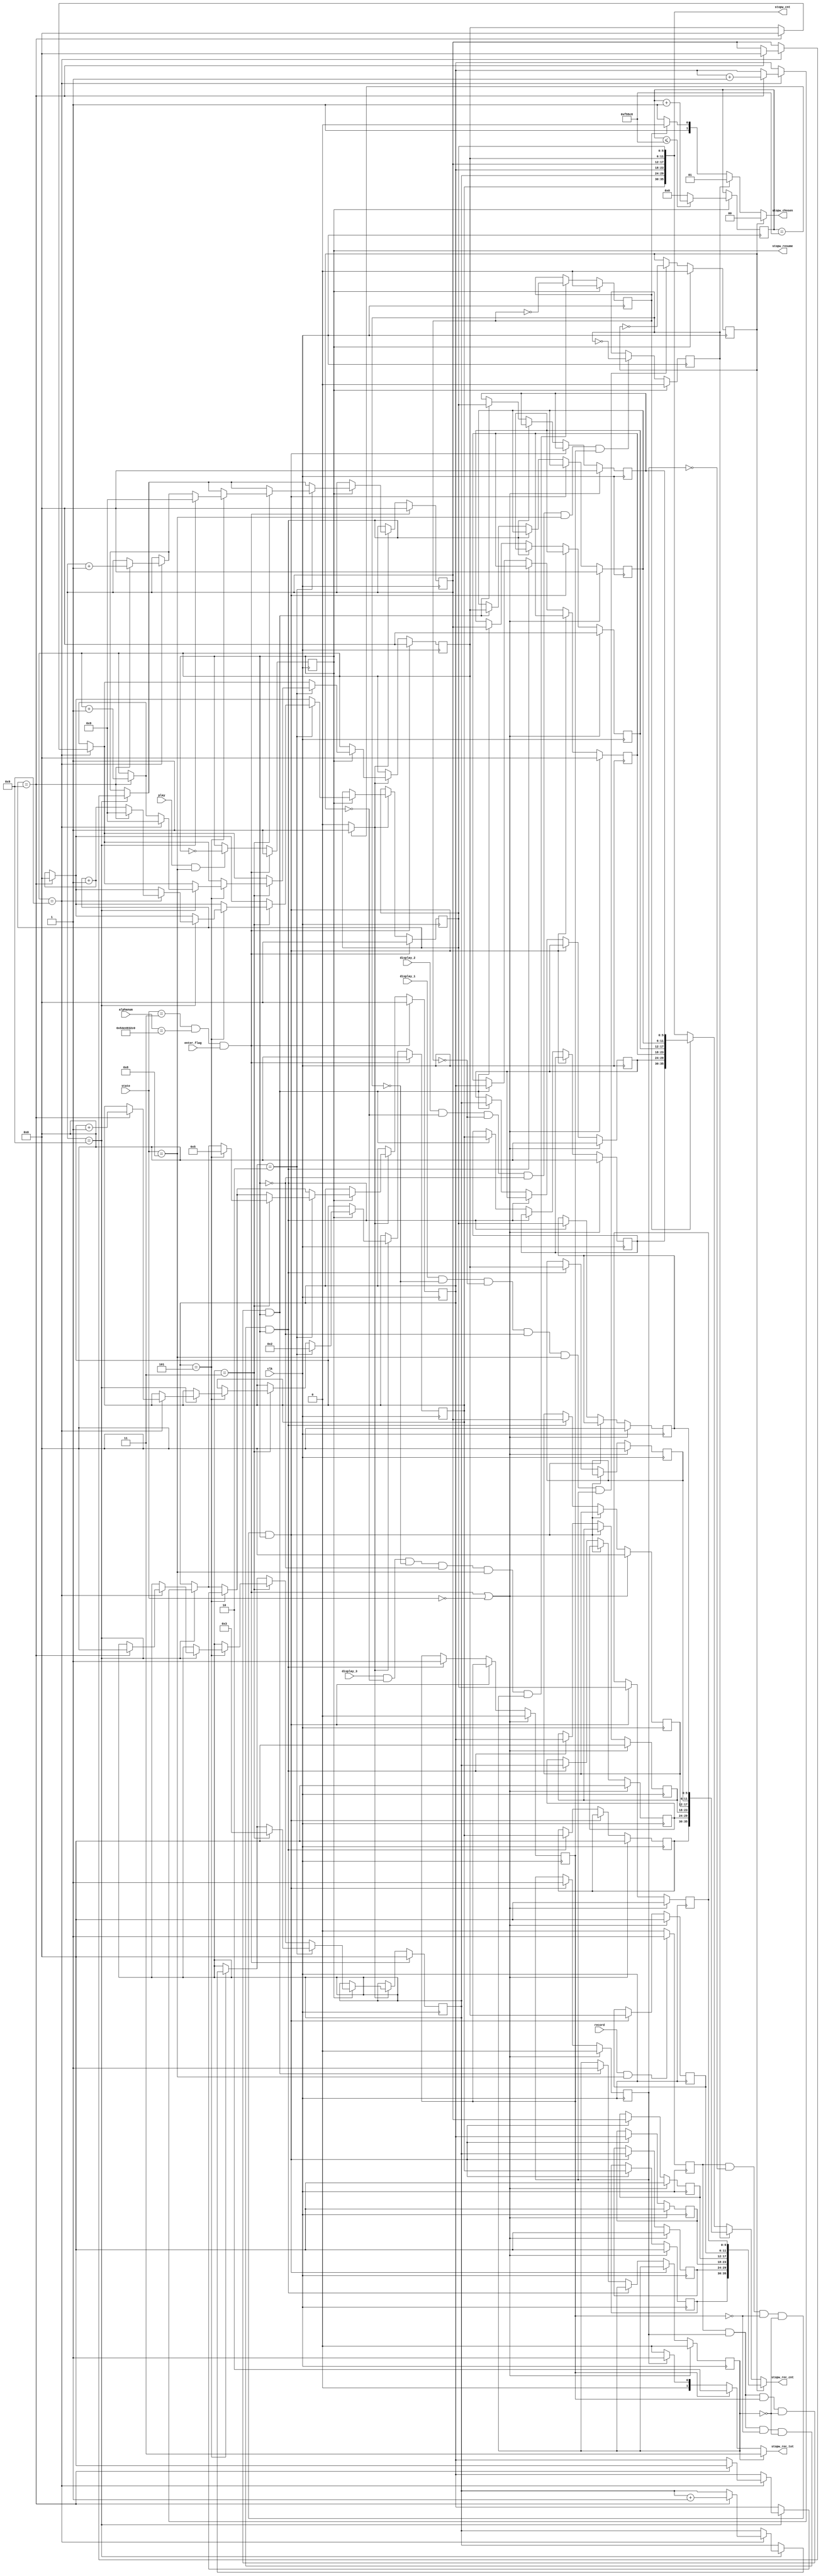
`define INITIAL 4'd0
`define CLOCK 4'd1
`define SHOW_CLOCK 4'd2
`define CHANGE_MODE 4'd3
`define TIMER 4'd4
`define SHOW_TIMER 4'd5
`define ALARM 4'd6
`define SHOW_ALARM 4'd7
`define SHOW_STOPWATCH 4'd8

module stopwatch(
    input clk,
    input play,    
    input enter_flag,
    input record,
    input display_1,
    input display_2,
    input display_3,
    input [3:0] state,
    input [35:0] alphanum,
    output reg stopw_resume,        
    output wire [1:0] stopw_rec_tot, 
    output wire [1:0] stopw_chosen,   
    output wire [35:0] stopw_cnt,
    output wire [35:0] stopw_rec_cnt
    );
    
    reg [5:0] digit1, digit2, digit3, digit4, digit5, digit6;
    reg [5:0] next_digit1, next_digit2, next_digit3, next_digit4, next_digit5, next_digit6;
    
    reg [5:0] record1_digit1, record1_digit2, record1_digit3, record1_digit4, record1_digit5, record1_digit6;
    reg [5:0] next_record1_digit1, next_record1_digit2, next_record1_digit3, next_record1_digit4, next_record1_digit5, next_record1_digit6;
    
    reg [5:0] record2_digit1, record2_digit2, record2_digit3, record2_digit4, record2_digit5, record2_digit6;
    reg [5:0] next_record2_digit1, next_record2_digit2, next_record2_digit3, next_record2_digit4, next_record2_digit5, next_record2_digit6;
    
    reg [5:0] record3_digit1, record3_digit2, record3_digit3, record3_digit4, record3_digit5, record3_digit6;
    reg [5:0] next_record3_digit1, next_record3_digit2, next_record3_digit3, next_record3_digit4, next_record3_digit5, next_record3_digit6;

    reg r;
    reg one = 0;
    reg two = 0;
    reg three = 0;        
    reg recorded1 = 1'b0;
    reg recorded2 = 1'b0;
    reg recorded3 = 1'b0;
    
    wire clkDiv25;
    
    reg [24:0] num;   
            
    always@(posedge clk) begin
        if(stopw_resume) begin
            if(num <= 1005000)
                num <= num + 1;
            else
                num <= 0;
        end           
        else
            num <= num;          
    end    
    assign clkDiv25 = (num == 1005000) ? 1'b1 : 1'b0; 
    
    always@(posedge clk) begin
        if(state == `CHANGE_MODE && alphanum == {6'd21, 6'd14, 6'd18, 6'd19, 6'd11, 6'd0} && enter_flag) begin
            {digit1, digit2, digit3, digit4, digit5, digit6} <= 0;
        end
        else if(clkDiv25) begin    
            digit1 <= next_digit1;
            digit2 <= next_digit2;
            digit3 <= next_digit3;
            digit4 <= next_digit4;
            digit5 <= next_digit5;
            digit6 <= next_digit6;
        end
        else begin
            digit1 <= digit1;
            digit2 <= digit2;
            digit3 <= digit3;
            digit4 <= digit4;
            digit5 <= digit5;
            digit6 <= digit6;      
        end
    end
    
    always @(posedge clk) begin
        if((state == `CHANGE_MODE && alphanum == {6'd21, 6'd14, 6'd18, 6'd19, 6'd11, 6'd0} && enter_flag) || state == `INITIAL) begin
            recorded1 <= 1'b0;
            recorded2 <= 1'b0;
            recorded3 <= 1'b0;        
            
            record1_digit1 <= 0;
            record1_digit2 <= 0;
            record1_digit3 <= 0;
            record1_digit4 <= 0;
            record1_digit5 <= 0;
            record1_digit6 <= 0;       
            
            record2_digit1 <= 0;
            record2_digit2 <= 0;
            record2_digit3 <= 0;
            record2_digit4 <= 0;
            record2_digit5 <= 0;
            record2_digit6 <= 0;  
            
            record3_digit1 <= 0;
            record3_digit2 <= 0;
            record3_digit3 <= 0;
            record3_digit4 <= 0;
            record3_digit5 <= 0;
            record3_digit6 <= 0;                                
        end
        else if(r && !recorded1 && !recorded2 && !recorded3 && stopw_resume) begin
            recorded1 <= 1'b1;
            record1_digit1 <= digit1;
            record1_digit2 <= digit2;
            record1_digit3 <= digit3;
            record1_digit4 <= digit4;
            record1_digit5 <= digit5;
            record1_digit6 <= digit6;            
        end            
        else if(r && recorded1 && !recorded2 && !recorded3 && stopw_resume) begin
            recorded2 <= 1'b1;
            record2_digit1 <= digit1;
            record2_digit2 <= digit2;
            record2_digit3 <= digit3;
            record2_digit4 <= digit4;
            record2_digit5 <= digit5;
            record2_digit6 <= digit6;            
        end            
        else if(r && recorded1 && recorded2 && !recorded3 && stopw_resume) begin
            recorded3 <= 1'b1;           
            record3_digit1 <= digit1;
            record3_digit2 <= digit2;
            record3_digit3 <= digit3;
            record3_digit4 <= digit4;
            record3_digit5 <= digit5;
            record3_digit6 <= digit6;                 
        end
        else begin
            record1_digit1 <= record1_digit1;
            record1_digit2 <= record1_digit2;
            record1_digit3 <= record1_digit3;
            record1_digit4 <= record1_digit4;
            record1_digit5 <= record1_digit5;
            record1_digit6 <= record1_digit6;
            
            record2_digit1 <= record2_digit1;
            record2_digit2 <= record2_digit2;
            record2_digit3 <= record2_digit3;
            record2_digit4 <= record2_digit4;
            record2_digit5 <= record2_digit5;
            record2_digit6 <= record2_digit6;
            
            record3_digit1 <= record3_digit1;
            record3_digit2 <= record3_digit2;
            record3_digit3 <= record3_digit3;
            record3_digit4 <= record3_digit4;
            record3_digit5 <= record3_digit5;
            record3_digit6 <= record3_digit6;          
        end    
    end
    
    always @(posedge clk) begin
        if(record && state == `SHOW_STOPWATCH)
            r <= 1;
        else
            r <= 0;           
    end
    
    always @(posedge clk) begin
        if(stopw_resume)
            one <= 0;
        else if(display_1 && !two && !three && !stopw_resume && state == `SHOW_STOPWATCH && recorded1)
            one <= ~one;
        else
            one <= one;           
    end
    
    always @(posedge clk) begin
        if(stopw_resume)
            two <= 0;
        else if(display_2 && !one && !three && !stopw_resume && state == `SHOW_STOPWATCH && recorded2)
            two <= ~two;
        else
            two <= two;           
    end

    always @(posedge clk) begin
        if(stopw_resume)
            three <= 0;
        else if(display_3 && !one && !two && !stopw_resume && state == `SHOW_STOPWATCH && recorded3)
            three <= ~three;
        else
            three <= three;           
    end            
    
    always @(posedge clk) begin
        if(state == `CHANGE_MODE && alphanum == {6'd21, 6'd14, 6'd18, 6'd19, 6'd11, 6'd0} && enter_flag)
            stopw_resume <= 1;
        else if(play && state == `SHOW_STOPWATCH)
            stopw_resume <= ~stopw_resume;
        else
            stopw_resume <= stopw_resume;           
    end        
    
    always @(*) begin
        if(!stopw_resume) begin
            next_digit1 = digit1;
            next_digit2 = digit2;
            next_digit3 = digit3;
            next_digit4 = digit4;
            next_digit5 = digit5;
            next_digit6 = digit6;
        end    
        else begin
            if(digit1 == 6'd2) begin
                if(digit2 == 6'd3) begin
                    if(digit3 == 6'd5) begin
                        if(digit4 == 6'd9) begin
                            if(digit5 == 6'd9) begin
                                if(digit6 == 6'd9) begin
                                    next_digit1 = 6'd2;
                                    next_digit2 = 6'd3;
                                    next_digit3 = 6'd5;
                                    next_digit4 = 6'd9;
                                    next_digit5 = 6'd9;
                                    next_digit6 = 6'd9;
                                end
                                
                                else begin
                                    next_digit1 = 6'd2;
                                    next_digit2 = 6'd3;
                                    next_digit3 = 6'd5;
                                    next_digit4 = 6'd9;
                                    next_digit5 = 6'd9;
                                    next_digit6 = digit6 + 6'd1;
                                end
                            end
                            
                            else begin
                                if(digit6 == 6'd9) begin
                                    next_digit1 = 6'd2;
                                    next_digit2 = 6'd3;
                                    next_digit3 = 6'd5;
                                    next_digit4 = 6'd9;
                                    next_digit5 = digit5 + 6'd1;
                                    next_digit6 = 6'd0;
                                end
                                
                                else begin
                                    next_digit1 = 6'd2;
                                    next_digit2 = 6'd3;
                                    next_digit3 = 6'd5;
                                    next_digit4 = 6'd9;
                                    next_digit5 = digit5;
                                    next_digit6 = digit6 + 6'd1;
                                end
                            end
                        end
                        
                        else begin
                            if(digit5 == 6'd9) begin
                                if(digit6 == 6'd9) begin
                                    next_digit1 = 6'd2;
                                    next_digit2 = 6'd3;
                                    next_digit3 = 6'd5;
                                    next_digit4 = digit4 + 6'd1;
                                    next_digit5 = 6'd0;
                                    next_digit6 = 6'd0;
                                end
                                
                                else begin
                                    next_digit1 = 6'd2;
                                    next_digit2 = 6'd3;
                                    next_digit3 = 6'd5;
                                    next_digit4 = digit4;
                                    next_digit5 = digit5;
                                    next_digit6 = digit6 + 6'd1;
                                end
                            end
                            
                            else begin
                                if(digit6 == 6'd9) begin
                                    next_digit1 = 6'd2;
                                    next_digit2 = 6'd3;
                                    next_digit3 = 6'd5;
                                    next_digit4 = digit4;
                                    next_digit5 = digit5 + 6'd1;
                                    next_digit6 = 6'd0;
                                end
                                
                                else begin
                                    next_digit1 = 6'd2;
                                    next_digit2 = 6'd3;
                                    next_digit3 = 6'd5;
                                    next_digit4 = digit4;
                                    next_digit5 = digit5;
                                    next_digit6 = digit6 + 6'd1;
                                end
                            end
                        end
                    end
                    
                    else begin
                        if(digit4 == 6'd9) begin
                            if(digit5 == 6'd9) begin
                                if(digit6 == 6'd9) begin
                                    next_digit1 = 6'd2;
                                    next_digit2 = 6'd3;
                                    next_digit3 = digit3 + 6'd1;
                                    next_digit4 = 6'd0;
                                    next_digit5 = 6'd0;
                                    next_digit6 = 6'd0;
                                end
                                
                                else begin
                                    next_digit1 = 6'd2;
                                    next_digit2 = 6'd3;
                                    next_digit3 = digit3;
                                    next_digit4 = digit4;
                                    next_digit5 = digit5;
                                    next_digit6 = digit6 + 6'd1;
                                end
                            end
                            
                            else begin
                                if(digit6 == 6'd9) begin
                                    next_digit1 = 6'd2;
                                    next_digit2 = 6'd3;
                                    next_digit3 = digit3;
                                    next_digit4 = digit4;
                                    next_digit5 = digit5 + 6'd1;
                                    next_digit6 = 6'd0;
                                end
                                
                                else begin
                                    next_digit1 = 6'd2;
                                    next_digit2 = 6'd3;
                                    next_digit3 = digit3;
                                    next_digit4 = digit4;
                                    next_digit5 = digit5;
                                    next_digit6 = digit6 + 6'd1;
                                end
                            end
                        end
                        
                        else begin
                            if(digit5 == 6'd9) begin
                                if(digit6 == 6'd9) begin
                                    next_digit1 = 6'd2;
                                    next_digit2 = 6'd3;
                                    next_digit3 = digit3;
                                    next_digit4 = digit4 + 6'd1;
                                    next_digit5 = 6'd0;
                                    next_digit6 = 6'd0;
                                end
                                
                                else begin
                                    next_digit1 = 6'd2;
                                    next_digit2 = 6'd3;
                                    next_digit3 = digit3;
                                    next_digit4 = digit4;
                                    next_digit5 = digit5;
                                    next_digit6 = digit6 + 6'd1;
                                end
                            end
                            
                            else begin
                                if(digit6 == 6'd9) begin
                                    next_digit1 = 6'd2;
                                    next_digit2 = 6'd3;
                                    next_digit3 = digit3;
                                    next_digit4 = digit4;
                                    next_digit5 = digit5 + 6'd1;
                                    next_digit6 = 6'd0;
                                end
                                
                                else begin
                                    next_digit1 = 6'd2;
                                    next_digit2 = 6'd3;
                                    next_digit3 = digit3;
                                    next_digit4 = digit4;
                                    next_digit5 = digit5;
                                    next_digit6 = digit6 + 6'd1;
                                end
                            end
                        end
                    end
                end
                
                else begin
                    if(digit3 == 6'd5) begin
                        if(digit4 == 6'd9) begin
                            if(digit5 == 6'd9) begin
                                if(digit6 == 6'd9) begin
                                    next_digit1 = 6'd2;
                                    next_digit2 = digit2 + 6'd1;
                                    next_digit3 = 6'd0;
                                    next_digit4 = 6'd0;
                                    next_digit5 = 6'd0;
                                    next_digit6 = 6'd0;
                                end
                                
                                else begin
                                    next_digit1 = 6'd2;
                                    next_digit2 = digit2;
                                    next_digit3 = digit3;
                                    next_digit4 = digit4;
                                    next_digit5 = digit5;
                                    next_digit6 = digit6 + 6'd1;
                                end
                            end
                            
                            else begin
                                if(digit6 == 6'd9) begin
                                    next_digit1 = 6'd2;
                                    next_digit2 = digit2;
                                    next_digit3 = digit3;
                                    next_digit4 = digit4;
                                    next_digit5 = digit5 + 6'd1;
                                    next_digit6 = 6'd0;
                                end
                                
                                else begin
                                    next_digit1 = 6'd2;
                                    next_digit2 = digit2;
                                    next_digit3 = digit3;
                                    next_digit4 = digit4;
                                    next_digit5 = digit5;
                                    next_digit6 = digit6 + 6'd1;
                                end
                            end
                        end
                        
                        else begin
                            if(digit5 == 6'd9) begin
                                if(digit6 == 6'd9) begin
                                    next_digit1 = 6'd2;
                                    next_digit2 = digit2;
                                    next_digit3 = digit3;
                                    next_digit4 = digit4 + 6'd1;
                                    next_digit5 = 6'd0;
                                    next_digit6 = 6'd0;
                                end
                                
                                else begin
                                    next_digit1 = 6'd2;
                                    next_digit2 = digit2;
                                    next_digit3 = digit3;
                                    next_digit4 = digit4;
                                    next_digit5 = digit5;
                                    next_digit6 = digit6 + 6'd1;
                                end
                            end
                            
                            else begin
                                if(digit6 == 6'd9) begin
                                    next_digit1 = 6'd2;
                                    next_digit2 = digit2;
                                    next_digit3 = digit3;
                                    next_digit4 = digit4;
                                    next_digit5 = digit5 + 6'd1;
                                    next_digit6 = 6'd0;
                                end
                                
                                else begin
                                    next_digit1 = 6'd2;
                                    next_digit2 = digit2;
                                    next_digit3 = digit3;
                                    next_digit4 = digit4;
                                    next_digit5 = digit5;
                                    next_digit6 = digit6 + 6'd1;
                                end
                            end
                        end
                    end
                    
                    else begin
                        if(digit4 == 6'd9) begin
                            if(digit5 == 6'd9) begin
                                if(digit6 == 6'd9) begin
                                    next_digit1 = 6'd2;
                                    next_digit2 = digit2;
                                    next_digit3 = digit3 + 6'd1;
                                    next_digit4 = 6'd0;
                                    next_digit5 = 6'd0;
                                    next_digit6 = 6'd0;
                                end
                                
                                else begin
                                    next_digit1 = 6'd2;
                                    next_digit2 = digit2;
                                    next_digit3 = digit3;
                                    next_digit4 = digit4;
                                    next_digit5 = digit5;
                                    next_digit6 = digit6 + 6'd1;
                                end
                            end
                            
                            else begin
                                if(digit6 == 6'd9) begin
                                    next_digit1 = 6'd2;
                                    next_digit2 = digit2;
                                    next_digit3 = digit3;
                                    next_digit4 = digit4;
                                    next_digit5 = digit5 + 6'd1;
                                    next_digit6 = 6'd0;
                                end
                                
                                else begin
                                    next_digit1 = 6'd2;
                                    next_digit2 = digit2;
                                    next_digit3 = digit3;
                                    next_digit4 = digit4;
                                    next_digit5 = digit5;
                                    next_digit6 = digit6 + 6'd1;
                                end
                            end
                        end
                        
                        else begin
                            if(digit5 == 6'd9) begin
                                if(digit6 == 6'd9) begin
                                    next_digit1 = 6'd2;
                                    next_digit2 = digit2;
                                    next_digit3 = digit3;
                                    next_digit4 = digit4 + 6'd1;
                                    next_digit5 = 6'd0;
                                    next_digit6 = 6'd0;
                                end
                                
                                else begin
                                    next_digit1 = 6'd2;
                                    next_digit2 = digit2;
                                    next_digit3 = digit3;
                                    next_digit4 = digit4;
                                    next_digit5 = digit5;
                                    next_digit6 = digit6 + 6'd1;
                                end
                            end
                            
                            else begin
                                if(digit6 == 6'd9) begin
                                    next_digit1 = 6'd2;
                                    next_digit2 = digit2;
                                    next_digit3 = digit3;
                                    next_digit4 = digit4;
                                    next_digit5 = digit5 + 6'd1;
                                    next_digit6 = 6'd0;
                                end
                                
                                else begin
                                    next_digit1 = 6'd2;
                                    next_digit2 = digit2;
                                    next_digit3 = digit3;
                                    next_digit4 = digit4;
                                    next_digit5 = digit5;
                                    next_digit6 = digit6 + 6'd1;
                                end
                            end
                        end
                    end
                end
            end //digit1 == 6'd2;
            
            else begin
                if(digit2 == 6'd3) begin
                    if(digit3 == 6'd5) begin
                        if(digit4 == 6'd9) begin
                            if(digit5 == 6'd9) begin
                                if(digit6 == 6'd9) begin
                                    next_digit1 = digit1 + 6'd1;
                                    next_digit2 = 6'd0;
                                    next_digit3 = 6'd0;
                                    next_digit4 = 6'd0;
                                    next_digit5 = 6'd0;
                                    next_digit6 = 6'd0;
                                end
                                
                                else begin
                                    next_digit1 = digit1;
                                    next_digit2 = digit2;
                                    next_digit3 = digit3;
                                    next_digit4 = digit4;
                                    next_digit5 = digit5;
                                    next_digit6 = digit6 + 6'd1;
                                end
                            end
                            
                            else begin
                                if(digit6 == 6'd9) begin
                                    next_digit1 = digit1;
                                    next_digit2 = digit2;
                                    next_digit3 = digit3;
                                    next_digit4 = digit4;
                                    next_digit5 = digit5 + 6'd1;
                                    next_digit6 = 6'd0;
                                end
                                
                                else begin
                                    next_digit1 = digit1;
                                    next_digit2 = digit2;
                                    next_digit3 = digit3;
                                    next_digit4 = digit4;
                                    next_digit5 = digit5;
                                    next_digit6 = digit6 + 6'd1;
                                end
                            end
                        end
                        
                        else begin
                            if(digit5 == 6'd9) begin
                                if(digit6 == 6'd9) begin
                                    next_digit1 = digit1;
                                    next_digit2 = digit2;
                                    next_digit3 = digit3;
                                    next_digit4 = digit4 + 6'd1;
                                    next_digit5 = 6'd0;
                                    next_digit6 = 6'd0;
                                end
                                
                                else begin
                                    next_digit1 = digit1;
                                    next_digit2 = digit2;
                                    next_digit3 = digit3;
                                    next_digit4 = digit4;
                                    next_digit5 = digit5;
                                    next_digit6 = digit6 + 6'd1;
                                end
                            end
                            
                            else begin
                                if(digit6 == 6'd9) begin
                                    next_digit1 = digit1;
                                    next_digit2 = digit2;
                                    next_digit3 = digit3;
                                    next_digit4 = digit4;
                                    next_digit5 = digit5 + 6'd1;
                                    next_digit6 = 6'd0;
                                end
                                
                                else begin
                                    next_digit1 = digit1;
                                    next_digit2 = digit2;
                                    next_digit3 = digit3;
                                    next_digit4 = digit4;
                                    next_digit5 = digit5;
                                    next_digit6 = digit6 + 6'd1;
                                end
                            end
                        end
                    end
                    
                    else begin
                        if(digit4 == 6'd9) begin
                            if(digit5 == 6'd9) begin
                                if(digit6 == 6'd9) begin
                                    next_digit1 = digit1;
                                    next_digit2 = digit2;
                                    next_digit3 = digit3 + 6'd1;
                                    next_digit4 = 6'd0;
                                    next_digit5 = 6'd0;
                                    next_digit6 = 6'd0;
                                end
                                
                                else begin
                                    next_digit1 = digit1;
                                    next_digit2 = digit2;
                                    next_digit3 = digit3;
                                    next_digit4 = digit4;
                                    next_digit5 = digit5;
                                    next_digit6 = digit6 + 6'd1;
                                end
                            end
                            
                            else begin
                                if(digit6 == 6'd9) begin
                                    next_digit1 = digit1;
                                    next_digit2 = digit2;
                                    next_digit3 = digit3;
                                    next_digit4 = digit4;
                                    next_digit5 = digit5 + 6'd1;
                                    next_digit6 = 6'd0;
                                end
                                
                                else begin
                                    next_digit1 = digit1;
                                    next_digit2 = digit2;
                                    next_digit3 = digit3;
                                    next_digit4 = digit4;
                                    next_digit5 = digit5;
                                    next_digit6 = digit6 + 6'd1;
                                end
                            end
                        end
                        
                        else begin
                            if(digit5 == 6'd9) begin
                                if(digit6 == 6'd9) begin
                                    next_digit1 = digit1;
                                    next_digit2 = digit2;
                                    next_digit3 = digit3;
                                    next_digit4 = digit4 + 6'd1;
                                    next_digit5 = 6'd0;
                                    next_digit6 = 6'd0;
                                end
                                
                                else begin
                                    next_digit1 = digit1;
                                    next_digit2 = digit2;
                                    next_digit3 = digit3;
                                    next_digit4 = digit4;
                                    next_digit5 = digit5;
                                    next_digit6 = digit6 + 6'd1;
                                end
                            end
                            
                            else begin
                                if(digit6 == 6'd9) begin
                                    next_digit1 = digit1;
                                    next_digit2 = digit2;
                                    next_digit3 = digit3;
                                    next_digit4 = digit4;
                                    next_digit5 = digit5 + 6'd1;
                                    next_digit6 = 6'd0;
                                end
                                
                                else begin
                                    next_digit1 = digit1;
                                    next_digit2 = digit2;
                                    next_digit3 = digit3;
                                    next_digit4 = digit4;
                                    next_digit5 = digit5;
                                    next_digit6 = digit6 + 6'd1;
                                end
                            end
                        end
                    end
                end
                
                else begin
                    if(digit3 == 6'd5) begin
                        if(digit4 == 6'd9) begin
                            if(digit5 == 6'd9) begin
                                if(digit6 == 6'd9) begin
                                    next_digit1 = digit1;
                                    next_digit2 = digit2 + 6'd1;
                                    next_digit3 = 6'd0;
                                    next_digit4 = 6'd0;
                                    next_digit5 = 6'd0;
                                    next_digit6 = 6'd0;
                                end
                                
                                else begin
                                    next_digit1 = digit1;
                                    next_digit2 = digit2;
                                    next_digit3 = digit3;
                                    next_digit4 = digit4;
                                    next_digit5 = digit5;
                                    next_digit6 = digit6 + 6'd1;
                                end
                            end
                            
                            else begin
                                if(digit6 == 6'd9) begin
                                    next_digit1 = digit1;
                                    next_digit2 = digit2;
                                    next_digit3 = digit3;
                                    next_digit4 = digit4;
                                    next_digit5 = digit5 + 6'd1;
                                    next_digit6 = 6'd0;
                                end
                                
                                else begin
                                    next_digit1 = digit1;
                                    next_digit2 = digit2;
                                    next_digit3 = digit3;
                                    next_digit4 = digit4;
                                    next_digit5 = digit5;
                                    next_digit6 = digit6 + 6'd1;
                                end
                            end
                        end
                        
                        else begin
                            if(digit5 == 6'd9) begin
                                if(digit6 == 6'd9) begin
                                    next_digit1 = digit1;
                                    next_digit2 = digit2;
                                    next_digit3 = digit3;
                                    next_digit4 = digit4 + 6'd1;
                                    next_digit5 = 6'd0;
                                    next_digit6 = 6'd0;
                                end
                                
                                else begin
                                    next_digit1 = digit1;
                                    next_digit2 = digit2;
                                    next_digit3 = digit3;
                                    next_digit4 = digit4;
                                    next_digit5 = digit5;
                                    next_digit6 = digit6 + 6'd1;
                                end
                            end
                            
                            else begin
                                if(digit6 == 6'd9) begin
                                    next_digit1 = digit1;
                                    next_digit2 = digit2;
                                    next_digit3 = digit3;
                                    next_digit4 = digit4;
                                    next_digit5 = digit5 + 6'd1;
                                    next_digit6 = 6'd0;
                                end
                                
                                else begin
                                    next_digit1 = digit1;
                                    next_digit2 = digit2;
                                    next_digit3 = digit3;
                                    next_digit4 = digit4;
                                    next_digit5 = digit5;
                                    next_digit6 = digit6 + 6'd1;
                                end
                            end
                        end
                    end
                    
                     else begin
                        if(digit4 == 6'd9) begin
                            if(digit5 == 6'd9) begin
                                if(digit6 == 6'd9) begin
                                    next_digit1 = digit1;
                                    next_digit2 = digit2;
                                    next_digit3 = digit3 + 6'd1;
                                    next_digit4 = 6'd0;
                                    next_digit5 = 6'd0;
                                    next_digit6 = 6'd0;
                                end
                                
                                else begin
                                    next_digit1 = digit1;
                                    next_digit2 = digit2;
                                    next_digit3 = digit3;
                                    next_digit4 = digit4;
                                    next_digit5 = digit5;
                                    next_digit6 = digit6 + 6'd1;
                                end
                            end
                            
                            else begin
                                if(digit6 == 6'd9) begin
                                    next_digit1 = digit1;
                                    next_digit2 = digit2;
                                    next_digit3 = digit3;
                                    next_digit4 = digit4;
                                    next_digit5 = digit5 + 6'd1;
                                    next_digit6 = 6'd0;
                                end
                                
                                else begin
                                    next_digit1 = digit1;
                                    next_digit2 = digit2;
                                    next_digit3 = digit3;
                                    next_digit4 = digit4;
                                    next_digit5 = digit5;
                                    next_digit6 = digit6 + 6'd1;
                                end
                            end
                        end
                        
                        else begin
                            if(digit5 == 6'd9) begin
                                if(digit6 == 6'd9) begin
                                    next_digit1 = digit1;
                                    next_digit2 = digit2;
                                    next_digit3 = digit3;
                                    next_digit4 = digit4 + 6'd1;
                                    next_digit5 = 6'd0;
                                    next_digit6 = 6'd0;
                                end
                                
                                else begin
                                    next_digit1 = digit1;
                                    next_digit2 = digit2;
                                    next_digit3 = digit3;
                                    next_digit4 = digit4;
                                    next_digit5 = digit5;
                                    next_digit6 = digit6 + 6'd1;
                                end
                            end
                            
                            else begin
                                if(digit6 == 6'd9) begin
                                    next_digit1 = digit1;
                                    next_digit2 = digit2;
                                    next_digit3 = digit3;
                                    next_digit4 = digit4;
                                    next_digit5 = digit5 + 6'd1;
                                    next_digit6 = 6'd0;
                                end
                                
                                else begin
                                    next_digit1 = digit1;
                                    next_digit2 = digit2;
                                    next_digit3 = digit3;
                                    next_digit4 = digit4;
                                    next_digit5 = digit5;
                                    next_digit6 = digit6 + 6'd1;
                                end
                            end
                        end
                    end
                end
            end
        end
    end            
    
    
    assign stopw_cnt = {digit1, digit2, digit3, digit4, digit5, digit6};
    assign stopw_rec_cnt = (one) ? {record1_digit1, record1_digit2, record1_digit3, record1_digit4, record1_digit5, record1_digit6} : 
                          (two) ? {record2_digit1, record2_digit2, record2_digit3, record2_digit4, record2_digit5, record2_digit6} : 
                          (three) ? {record3_digit1, record3_digit2, record3_digit3, record3_digit4, record3_digit5, record3_digit6} : {digit1, digit2, digit3, digit4, digit5, digit6};   
    assign stopw_rec_tot = (recorded3) ? 2'd3 : (recorded2) ? 2'd2 : (recorded1) ? 2'd1 : 2'd0;                    
    assign stopw_chosen = (one) ? 0 :
                       (two) ? 1 :
                       (three) ? 2 : 3;             
endmodule